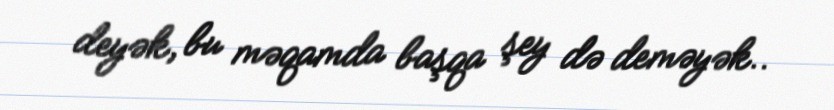
deyək, bu məqamda başqa şey də deməyək..